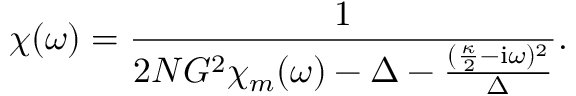
\chi ( \omega ) = \frac { 1 } { 2 N G ^ { 2 } \chi _ { m } ( \omega ) - \Delta - \frac { ( \frac { \kappa } { 2 } - \mathrm { i } \omega ) ^ { 2 } } { \Delta } } .